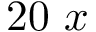
2 0 ~ x